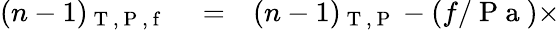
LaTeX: \begin{array}{rlr}{(n-1)_{\mathrm{~T~,~P~,~f~}}}&{{}=}&{(n-1)_{\mathrm{~T~,~P~}}-(f/\mathrm{~P~a~})\times}\end{array}